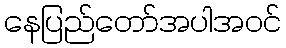
နေပြည်တော်အပါအဝင်